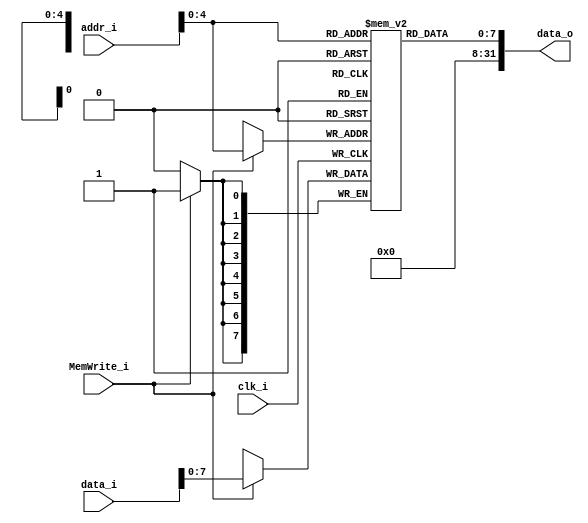
module Data_Memory
(
	clk_i,
	addr_i,
	data_i,
	MemWrite_i,
	data_o
);

input clk_i;
input [31:0] addr_i;
input [31:0] data_i;
input MemWrite_i;

output [31:0] data_o;
reg [7:0] memory [0:31];


always@(posedge clk_i)
begin
	if(MemWrite_i == 1)
	begin
		memory[addr_i] <= data_i;
	end
end

assign data_o = memory[addr_i];

endmodule